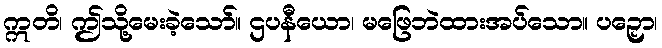
ဣတိ၊ ဤသို့မေးခဲ့သော်။ ဌပနီယော၊ မဖြေဘဲထားအပ်သော။ ပဉှော၊